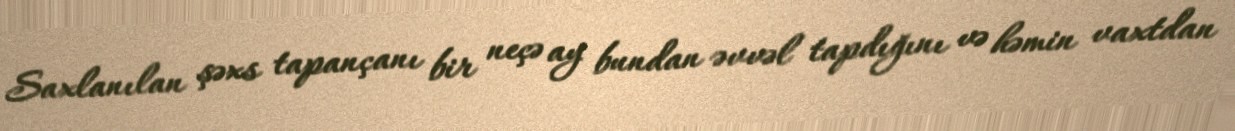
Saxlanılan şəxs tapançanı bir neçə ay bundan əvvəl tapdığını və həmin vaxtdan